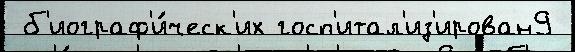
 б'иограф'и́ческ'их госп'итал'из'ирован9